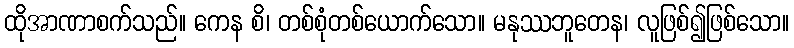
ထိုအာဏာစက်သည်။ ကေန စိ၊ တစ်စုံတစ်ယောက်သော။ မနုဿဘူတေန၊ လူဖြစ်၍ဖြစ်သော။